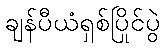
ချန်ပီယံရှစ်ပြိုင်ပွဲ